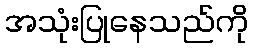
အသုံးပြုနေသည်ကို